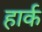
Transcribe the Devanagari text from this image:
हार्क